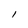
Character: l